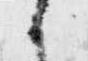
候